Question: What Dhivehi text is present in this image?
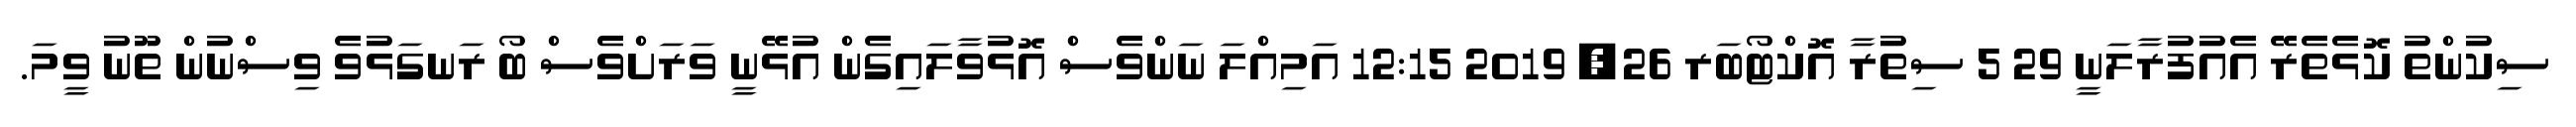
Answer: ސިކުންތު ކޮޅެތެރޭ އެއުފުރާލަނީ 29 5 ސިތުރާ އޮކްޓޯބަރ 26, 2019 12:15 އަމިއްލަ ނަންވެސް އޮޅުވާލައިގެން އުޅޭނީ ވަރަށްވެސް ބޯ ރަނގަޅުވެ ވިސްނުން ތޫނު ވީމަ.